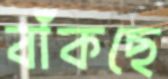
বাঁকছে